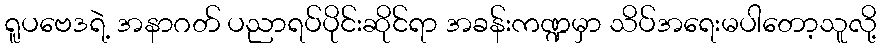
ရူပဗေဒရဲ့ အနာဂတ် ပညာရပ်ပိုင်းဆိုင်ရာ အခန်းကဏ္ဍမှာ သိပ်အရေးမပါတော့သူလို့